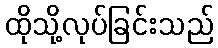
ထိုသို့လုပ်ခြင်းသည်